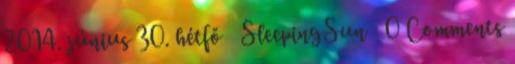
2014. június 30. hétfő SleepingSun 0 Comments